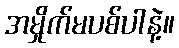
အမှိုက်မပစ်ပါနဲ့။